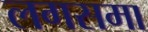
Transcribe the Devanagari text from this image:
लगसमा